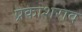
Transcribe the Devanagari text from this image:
प्रकाशराव